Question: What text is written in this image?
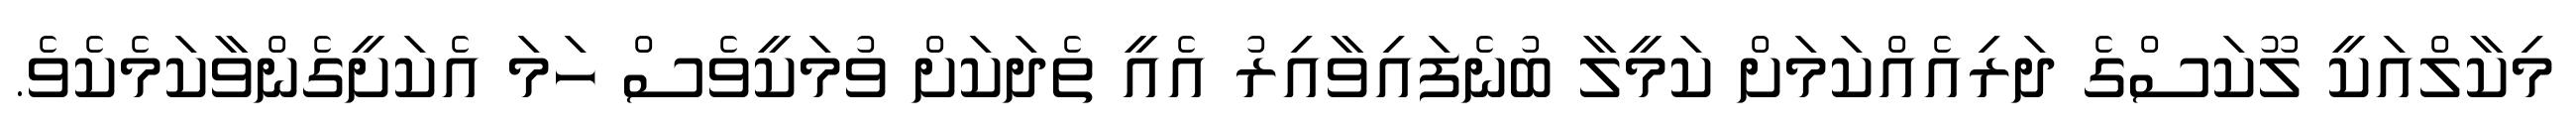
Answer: މިކާލްއަކީ ލޫކަސްގެ ދަރިއެއްކަމަށް ކަމީލާ ބުނެފައިވާއިރު އެއީ ތެދަކަށް ވުމަކީވެސް ހަމަ އެކަށީގެންވާކަމެކެވެ.